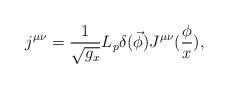
LaTeX: \begin{align*}j^{\mu \nu }=\frac 1{\sqrt{g_x}}L_p\delta (\vec \phi )J^{\mu \nu }(\frac\phi x),\end{align*}